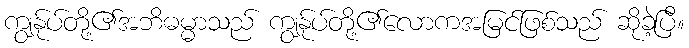
ကျွနု်ပ်တို့၏အဘိဓမ္မာသည် ကျွနု်ပ်တို့၏လောကအမြင်ဖြစ်သည် ဆိုခဲ့ပြီ။